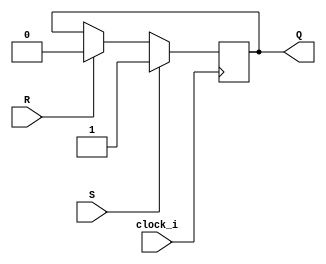
module SR(
	input clock_i,
	input S,
	input R,
	output Q
);
	reg out;	
	assign Q = out;
	always @(negedge clock_i)
	begin
		if( S ) 
			out <= 1'b1;
		else
		if( R )
			out <= 1'b0;
	end
endmodule